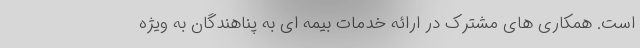
است. همکاری های مشترک در ارائه خدمات بیمه ای به پناهندگان به ویژه